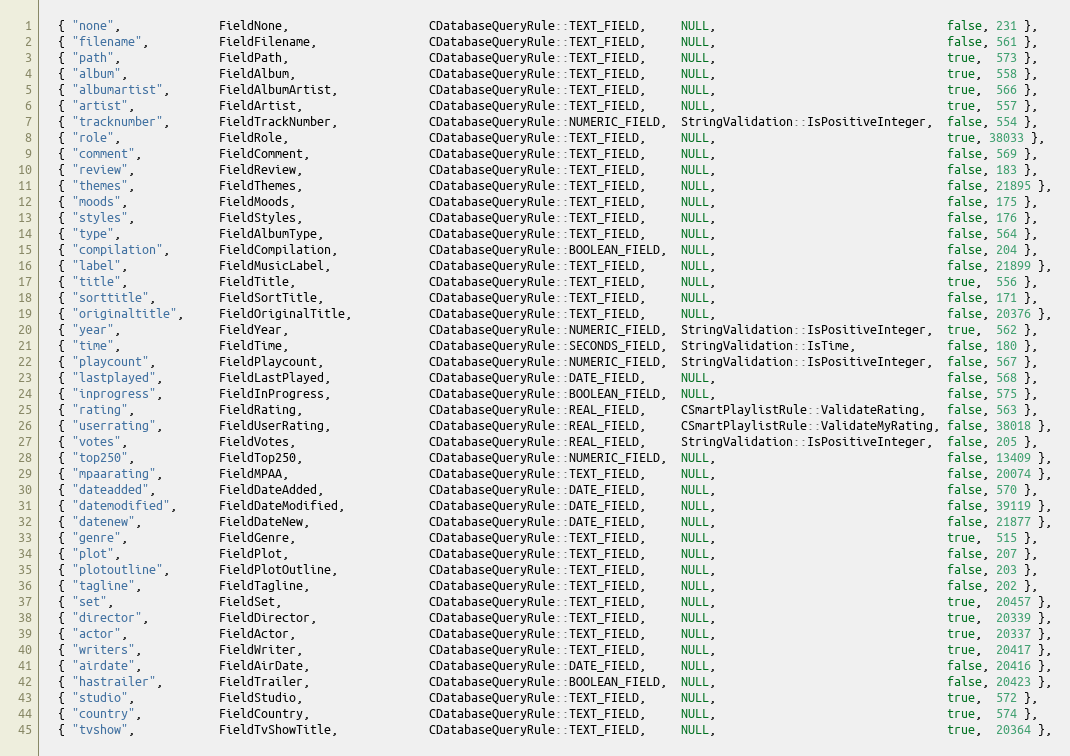
Language: C++
  { "none",              FieldNone,                    CDatabaseQueryRule::TEXT_FIELD,     NULL,                                 false, 231 },
  { "filename",          FieldFilename,                CDatabaseQueryRule::TEXT_FIELD,     NULL,                                 false, 561 },
  { "path",              FieldPath,                    CDatabaseQueryRule::TEXT_FIELD,     NULL,                                 true,  573 },
  { "album",             FieldAlbum,                   CDatabaseQueryRule::TEXT_FIELD,     NULL,                                 true,  558 },
  { "albumartist",       FieldAlbumArtist,             CDatabaseQueryRule::TEXT_FIELD,     NULL,                                 true,  566 },
  { "artist",            FieldArtist,                  CDatabaseQueryRule::TEXT_FIELD,     NULL,                                 true,  557 },
  { "tracknumber",       FieldTrackNumber,             CDatabaseQueryRule::NUMERIC_FIELD,  StringValidation::IsPositiveInteger,  false, 554 },
  { "role",              FieldRole,                    CDatabaseQueryRule::TEXT_FIELD,     NULL,                                 true, 38033 },
  { "comment",           FieldComment,                 CDatabaseQueryRule::TEXT_FIELD,     NULL,                                 false, 569 },
  { "review",            FieldReview,                  CDatabaseQueryRule::TEXT_FIELD,     NULL,                                 false, 183 },
  { "themes",            FieldThemes,                  CDatabaseQueryRule::TEXT_FIELD,     NULL,                                 false, 21895 },
  { "moods",             FieldMoods,                   CDatabaseQueryRule::TEXT_FIELD,     NULL,                                 false, 175 },
  { "styles",            FieldStyles,                  CDatabaseQueryRule::TEXT_FIELD,     NULL,                                 false, 176 },
  { "type",              FieldAlbumType,               CDatabaseQueryRule::TEXT_FIELD,     NULL,                                 false, 564 },
  { "compilation",       FieldCompilation,             CDatabaseQueryRule::BOOLEAN_FIELD,  NULL,                                 false, 204 },
  { "label",             FieldMusicLabel,              CDatabaseQueryRule::TEXT_FIELD,     NULL,                                 false, 21899 },
  { "title",             FieldTitle,                   CDatabaseQueryRule::TEXT_FIELD,     NULL,                                 true,  556 },
  { "sorttitle",         FieldSortTitle,               CDatabaseQueryRule::TEXT_FIELD,     NULL,                                 false, 171 },
  { "originaltitle",     FieldOriginalTitle,           CDatabaseQueryRule::TEXT_FIELD,     NULL,                                 false, 20376 },
  { "year",              FieldYear,                    CDatabaseQueryRule::NUMERIC_FIELD,  StringValidation::IsPositiveInteger,  true,  562 },
  { "time",              FieldTime,                    CDatabaseQueryRule::SECONDS_FIELD,  StringValidation::IsTime,             false, 180 },
  { "playcount",         FieldPlaycount,               CDatabaseQueryRule::NUMERIC_FIELD,  StringValidation::IsPositiveInteger,  false, 567 },
  { "lastplayed",        FieldLastPlayed,              CDatabaseQueryRule::DATE_FIELD,     NULL,                                 false, 568 },
  { "inprogress",        FieldInProgress,              CDatabaseQueryRule::BOOLEAN_FIELD,  NULL,                                 false, 575 },
  { "rating",            FieldRating,                  CDatabaseQueryRule::REAL_FIELD,     CSmartPlaylistRule::ValidateRating,   false, 563 },
  { "userrating",        FieldUserRating,              CDatabaseQueryRule::REAL_FIELD,     CSmartPlaylistRule::ValidateMyRating, false, 38018 },
  { "votes",             FieldVotes,                   CDatabaseQueryRule::REAL_FIELD,     StringValidation::IsPositiveInteger,  false, 205 },
  { "top250",            FieldTop250,                  CDatabaseQueryRule::NUMERIC_FIELD,  NULL,                                 false, 13409 },
  { "mpaarating",        FieldMPAA,                    CDatabaseQueryRule::TEXT_FIELD,     NULL,                                 false, 20074 },
  { "dateadded",         FieldDateAdded,               CDatabaseQueryRule::DATE_FIELD,     NULL,                                 false, 570 },
  { "datemodified",      FieldDateModified,            CDatabaseQueryRule::DATE_FIELD,     NULL,                                 false, 39119 },
  { "datenew",           FieldDateNew,                 CDatabaseQueryRule::DATE_FIELD,     NULL,                                 false, 21877 },
  { "genre",             FieldGenre,                   CDatabaseQueryRule::TEXT_FIELD,     NULL,                                 true,  515 },
  { "plot",              FieldPlot,                    CDatabaseQueryRule::TEXT_FIELD,     NULL,                                 false, 207 },
  { "plotoutline",       FieldPlotOutline,             CDatabaseQueryRule::TEXT_FIELD,     NULL,                                 false, 203 },
  { "tagline",           FieldTagline,                 CDatabaseQueryRule::TEXT_FIELD,     NULL,                                 false, 202 },
  { "set",               FieldSet,                     CDatabaseQueryRule::TEXT_FIELD,     NULL,                                 true,  20457 },
  { "director",          FieldDirector,                CDatabaseQueryRule::TEXT_FIELD,     NULL,                                 true,  20339 },
  { "actor",             FieldActor,                   CDatabaseQueryRule::TEXT_FIELD,     NULL,                                 true,  20337 },
  { "writers",           FieldWriter,                  CDatabaseQueryRule::TEXT_FIELD,     NULL,                                 true,  20417 },
  { "airdate",           FieldAirDate,                 CDatabaseQueryRule::DATE_FIELD,     NULL,                                 false, 20416 },
  { "hastrailer",        FieldTrailer,                 CDatabaseQueryRule::BOOLEAN_FIELD,  NULL,                                 false, 20423 },
  { "studio",            FieldStudio,                  CDatabaseQueryRule::TEXT_FIELD,     NULL,                                 true,  572 },
  { "country",           FieldCountry,                 CDatabaseQueryRule::TEXT_FIELD,     NULL,                                 true,  574 },
  { "tvshow",            FieldTvShowTitle,             CDatabaseQueryRule::TEXT_FIELD,     NULL,                                 true,  20364 },